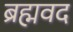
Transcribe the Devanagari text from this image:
ब्रह्मवद